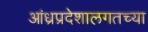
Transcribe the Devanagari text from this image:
आंध्रप्रदेशालगतच्या